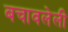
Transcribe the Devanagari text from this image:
बचावलेली